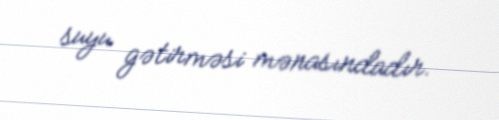
suyu gətirməsi mənasındadır.